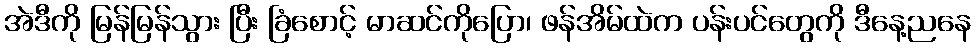
အဲဒီကို မြန်မြန်သွား ပြီး ခြံစောင့် မာဆင်ကိုပြော၊ ဖန်အိမ်ထဲက ပန်းပင်တွေကို ဒီနေ့ညနေ